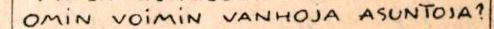
OMiN VOiMiN VANHOJA ASUNTOJA?